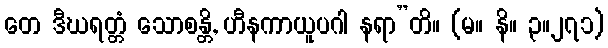
တေ ဒီဃရတ္တံ သောစန္တိ, ဟီနကာယူပဂါ နရာ”တိ။ (မ။ နိ။ ၃။၂၇၁)